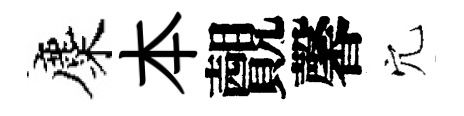
麋本覿馨穴